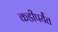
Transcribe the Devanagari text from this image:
कडीपर्यंत